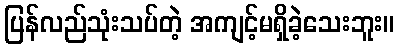
ပြန်လည်သုံးသပ်တဲ့ အကျင့်မရှိခဲ့သေးဘူး။